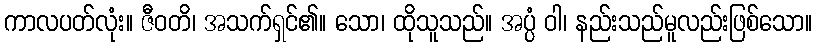
ကာလပတ်လုံး။ ဇီဝတိ၊ အသက်ရှင်၏။ သော၊ ထိုသူသည်။ အပ္ပံ ဝါ၊ နည်းသည်မူလည်းဖြစ်သော။